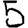
Digit: 5